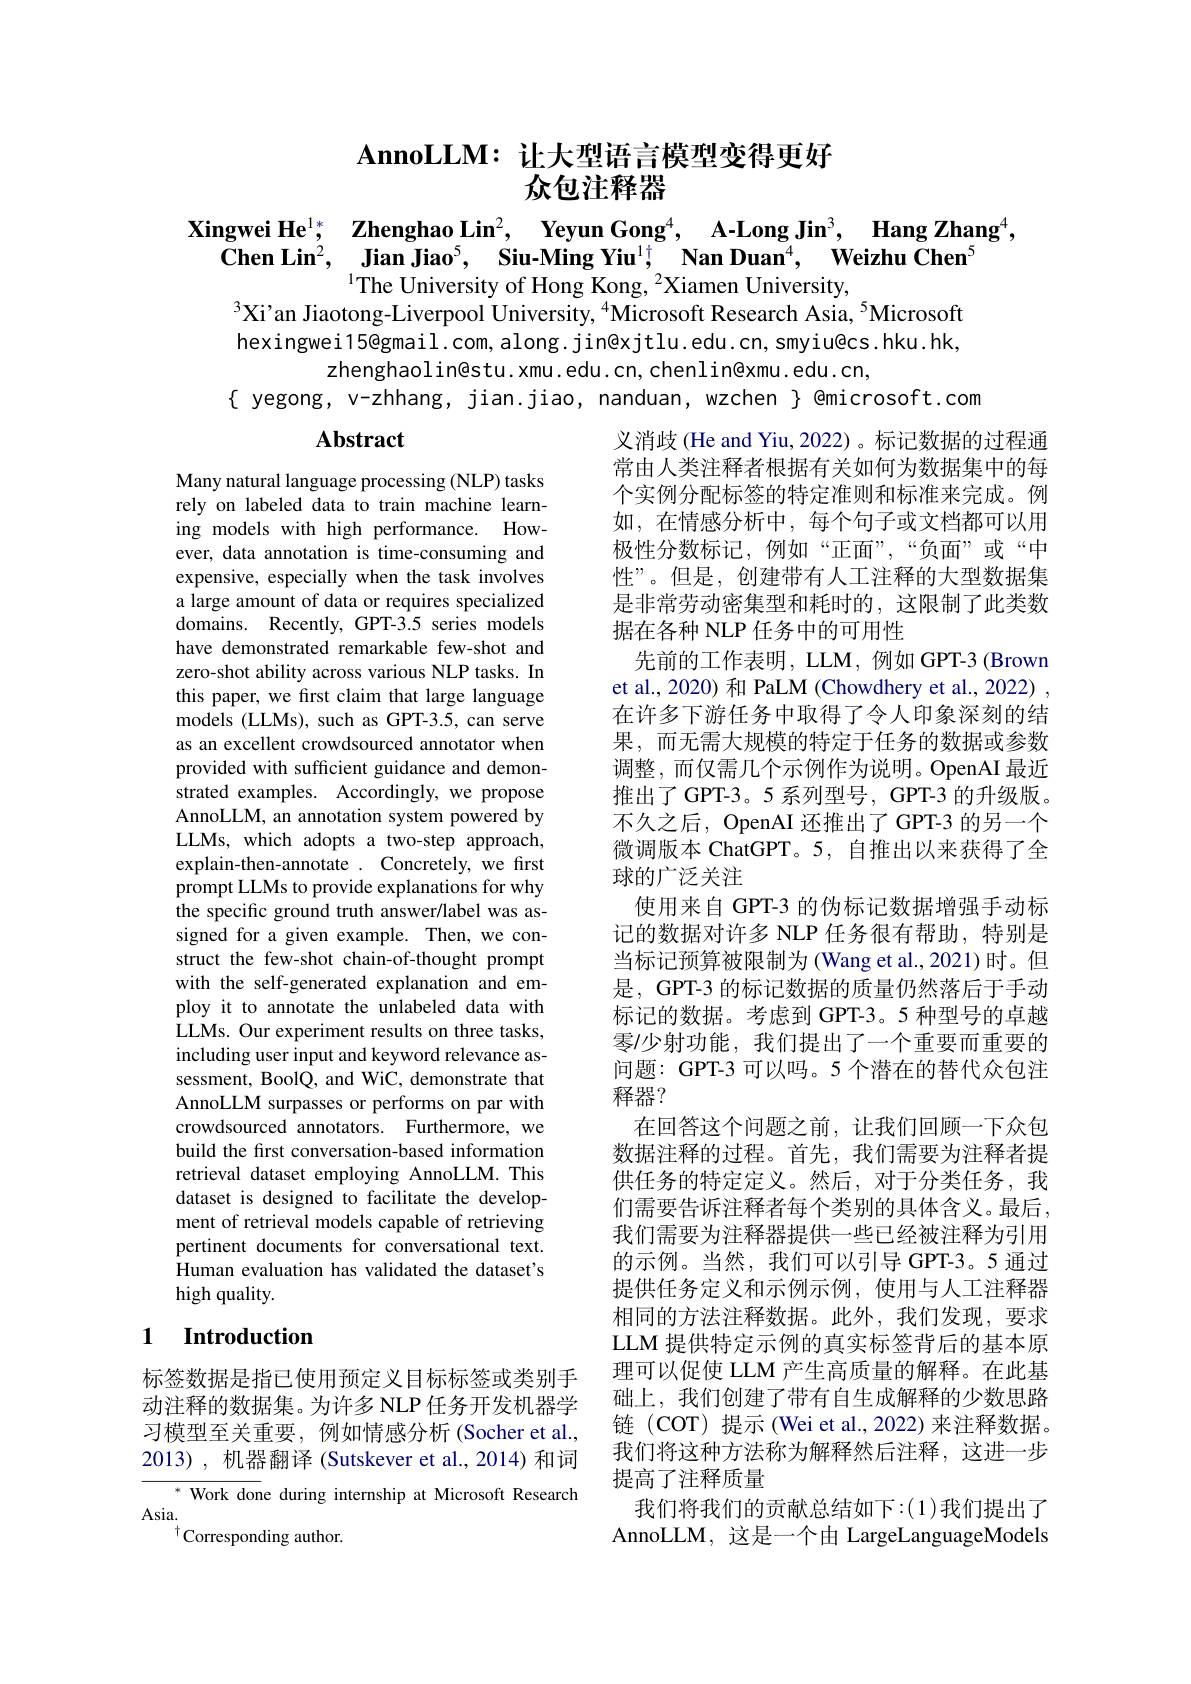
$\textbf{AnnoLLM: 让 大 型 语 言 模 型 变 得 更 好 }$
# 众包注释器

$\begin{array}{cc}\textbf{Xingwei He}^{1*},&\textbf{Zhenghao Lin}^2,&\textbf{Yeyun Gong}^4,&\text{A-Long Jin}^3,&\textbf{Hang Zhang}^4\\\textbf{Chen Lin}^2,&\text{Jian Jiao}^5,&\text{Siu-Ming Yiu}^1;&\text{Nan Duan}^4,&\textbf{Weizhu Chen}^5\end{array}$
$^{1}$The University of Hong Kong, $^{2}$Xiamen University,

$^{3}$Xi'an Jiaotong-Liverpool University, $^{4}$Microsoft Research Asia, $^{5}$Microsoft hexingwei15@gmail.com, along. jin@xjtlu.edu.cn, smyiu@cs.hku.hk,
zhenghaolin@stu.xmu.edu.cn,chenlin@xmu.edu.cn,
$\{ yegong, v-zhhang, jian.jiao, nanduan, wzchen \} @microsoft.com$

## Abstract

Many natural language processing (NLP) tasks rely on labeled data to train machine learning models with high performance. However, data annotation is time-consuming and expensive, especially when the task involves a large amount of data or requires specialized domains. Recently, GPT-3.5 series models have demonstrated remarkable few-shot and zero-shot ability across various NLP tasks. In this paper, we first claim that large language models (LLMs), such as GPT-3.5, can serve as an excellent crowdsourced annotator when provided with sufficient guidance and demonstrated examples. Accordingly, we propose AnnoLLM, an annotation system powered by LLMs, which adopts a two-step approach, explain-then-annotate . Concretely, we frst prompt LLMs to provide explanations for why the specific ground truth answer/label was assigned for a given example. Then, we construct the few-shot chain-of-thought prompt with the self-generated explanation and employ it to annotate the unlabeled data with LLMs. Our experiment results on three tasks, including user input and keyword relevance assessment, BoolQ, and WiC, demonstrate that AnnoLLM surpasses or performs on par with crowdsourced annotators. Furthermore, we build the first conversation-based information retrieval dataset employing AnnoLLM. This dataset is designed to facilitate the development of retrieval models capable of retrieving pertinent documents for conversational text. Human evaluation has validated the dataset's high quality.

义消歧 (He and Yiu, 2022) 。标记数据的过程通常由人类注释者根据有关如何为数据集中的每个实例分配标签的特定准则和标准来完成。例如，在情感分析中，每个句子或文档都可以用极性分数标记，例如“正面”,“负面”或“中性”。但是，创建带有人工注释的大型数据集是非常劳动密集型和耗时的，这限制了此类数据在各种 NLP 任务中的可用性
先前的工作表明，LLM, 例如 GPT-3 (Brown et al., 2020) 和 PaLM (Chowdhery et al., 2022) , 在许多下游任务中取得了令人印象深刻的结果，而无需大规模的特定于任务的数据或参数调整，而仅需几个示例作为说明。OpenAI 最近推出了GPT-3。5 系列型号，GPT-3 的升级版。不久之后，OpenAI 还推出了 GPT-3 的另一个微调版本 ChatGPT。5, 自推出以来获得了全球的广泛关注
使用来自 GPT-3 的伪标记数据增强手动标记的数据对许多 NLP 任务很有帮助，特别是当标记预算被限制为 (Wang et al.,2021)时。但是，GPT-3 的标记数据的质量仍然落后于手动标记的数据。考虑到 GPT-3。5 种型号的卓越零/少射功能，我们提出了一个重要而重要的问题：GPT-3 可以吗。5 个潜在的替代众包注释器？
在回答这个问题之前，让我们回顾一下众包数据注释的过程。首先，我们需要为注释者提供任务的特定定义。然后，对于分类任务，我们需要告诉注释者每个类别的具体含义。最后， 我们需要为注释器提供一些已经被注释为引用的示例。当然，我们可以引导GPT-3。5通过提供任务定义和示例示例，使用与人工注释器相同的方法注释数据。此外，我们发现，要求LLM 提供特定示例的真实标签背后的基本原理可以促使 LLM 产生高质量的解释。在此基础上，我们创建了带有自生成解释的少数思路链(COT) 提示(Wei et al.,2022)来注释数据。我们将这种方法称为解释然后注释，这进一步提高了注释质量
我们将我们的贡献总结如下：(1)我们提出了AnnoLLM, 这是一个由 LargeLanguageModels

## 1 Introduction

标签数据是指已使用预定义目标标签或类别手动注释的数据集。为许多 NLP 任务开发机器学习模型至关重要，例如情感分析 (Socher et al., 2013), 机器翻译 (Sutskever et al., 2014)和词
$^{*}$ Work done during internship at Microsoft Research
Asia.
$^{\dagger}$Corresponding author.